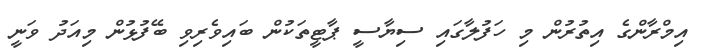
އިމްރާންގެ އިތުރުން މި ހަފުލާގައި ސިޔާސީ ޕާޓީތަކުން ބައިވެރިވި ބޭފުޅުން މިއަދު ވަނީ